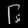
Digit: ၆